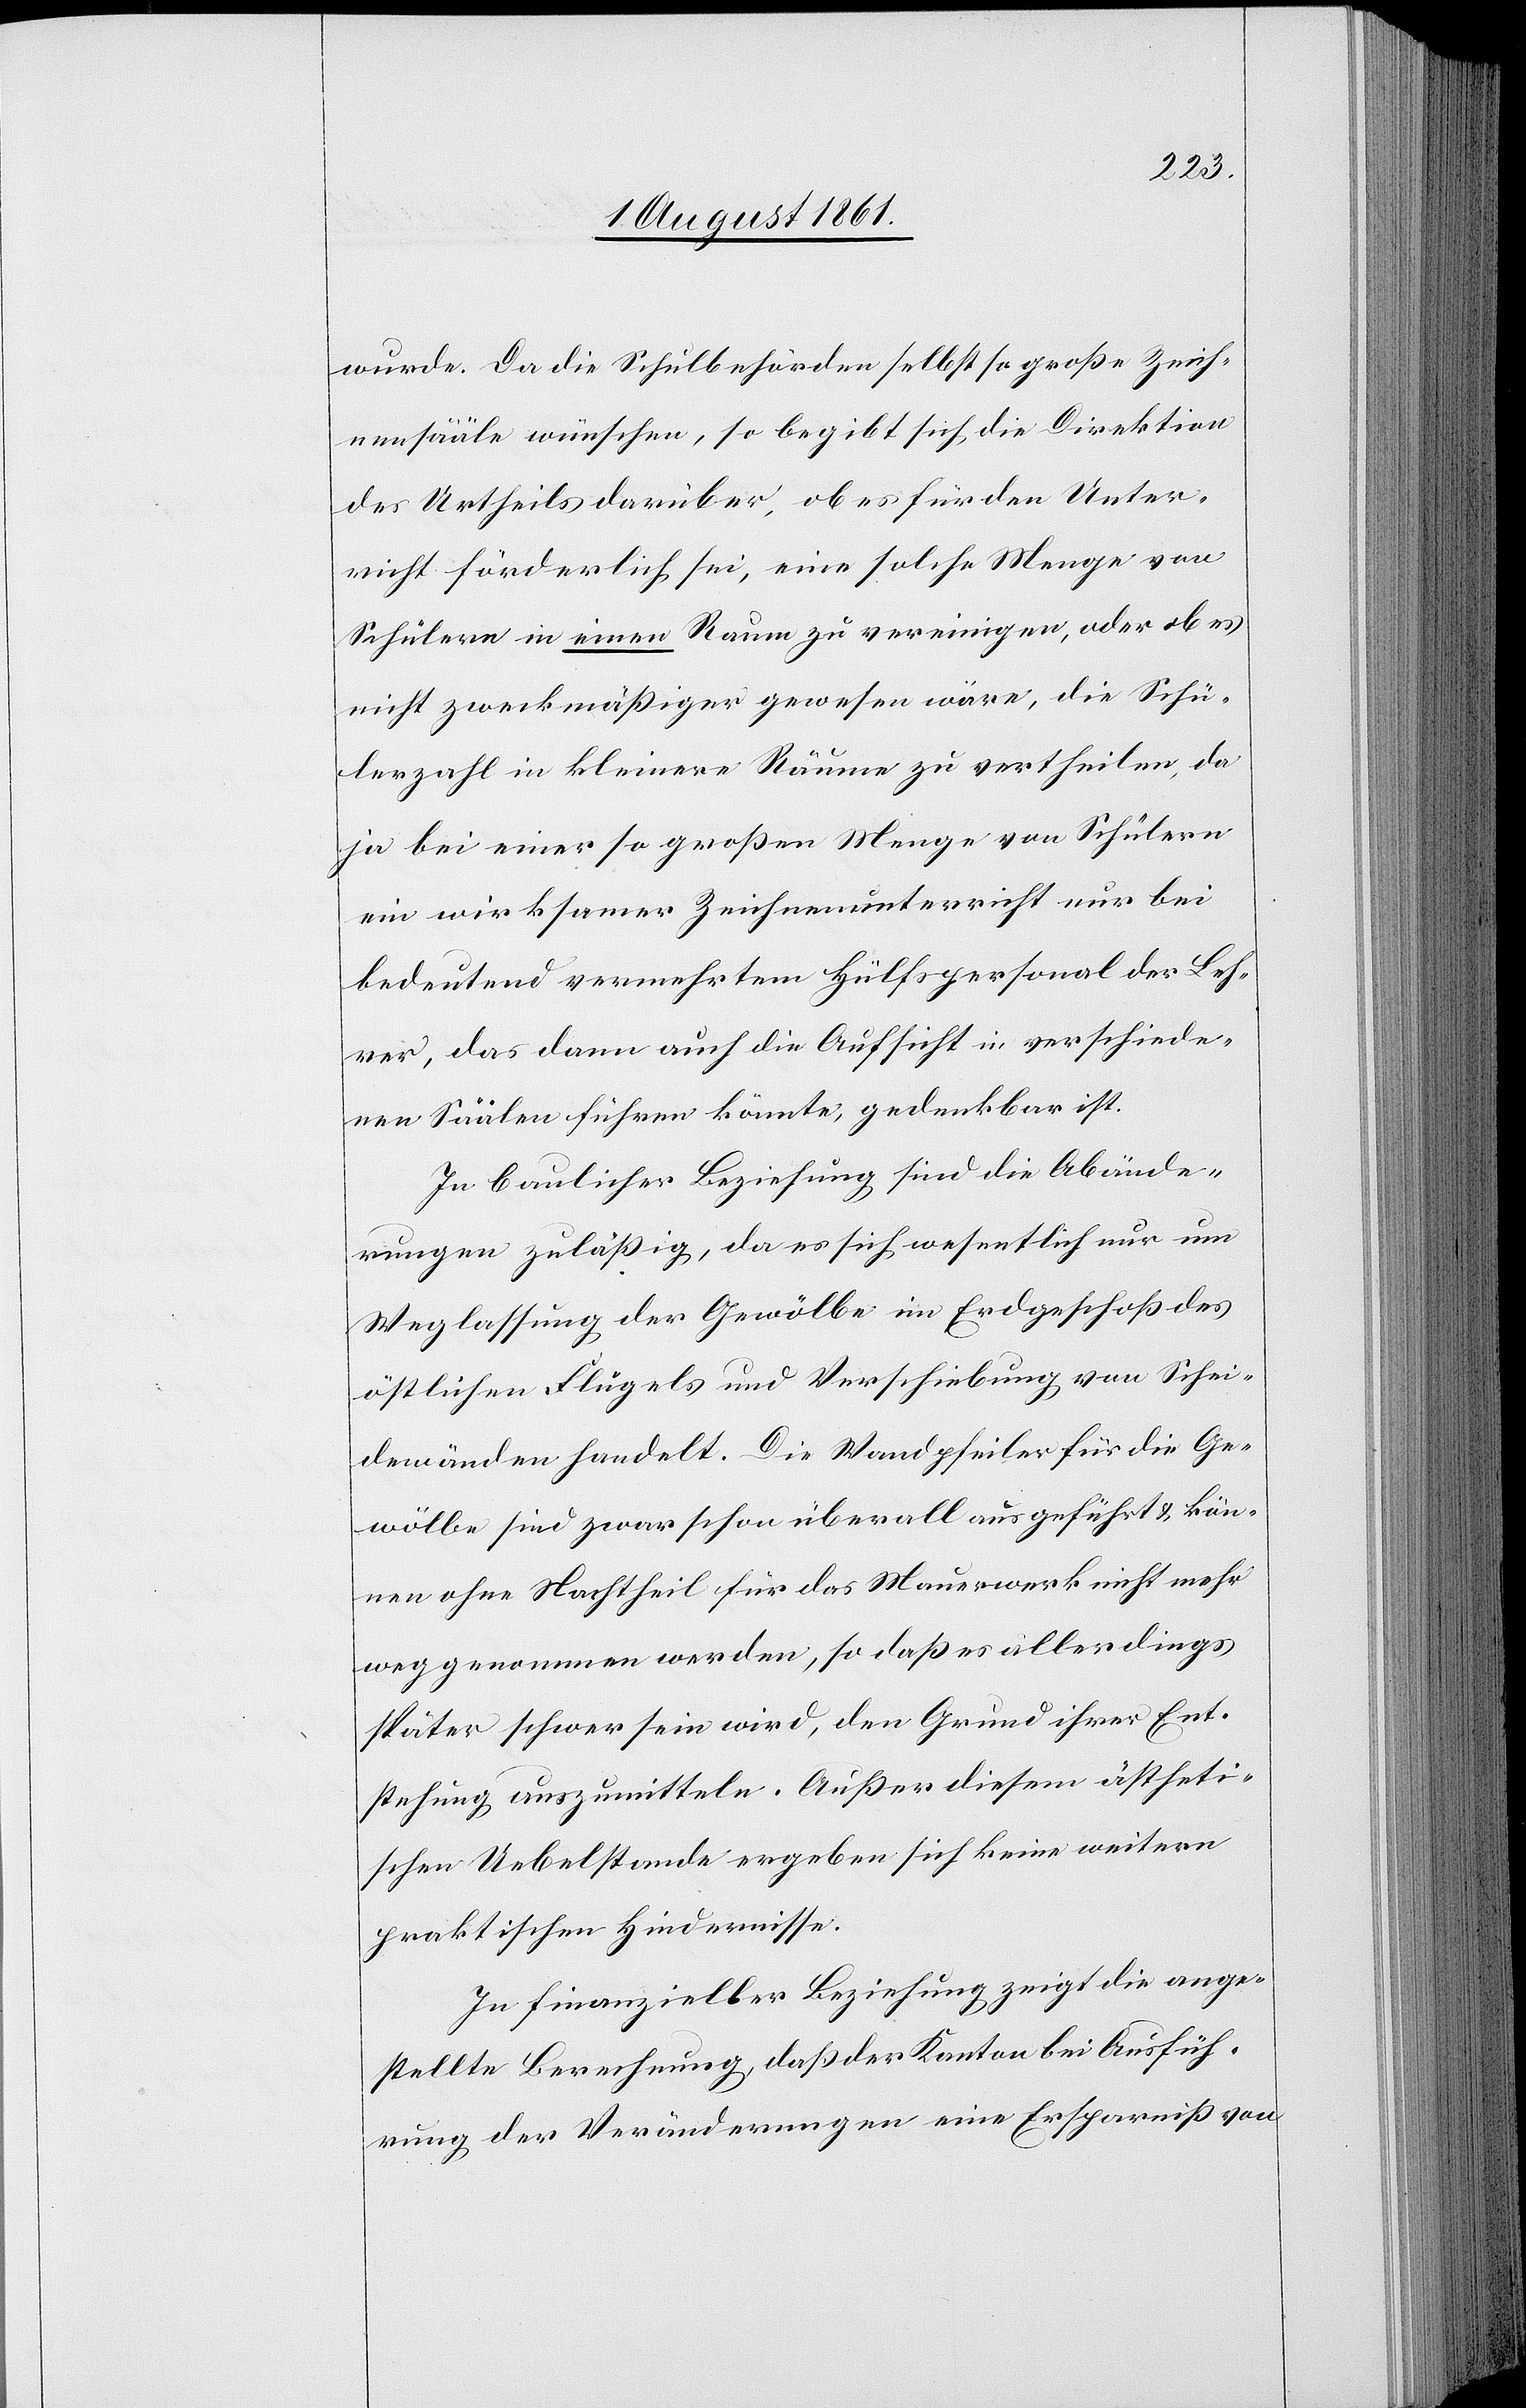
wurde. Da die Spitalbehörden selbst so große Zeich¬
ensääle wünschen, so begibt sich die Direktion
des Urtheils darüber, ob es für den Unter¬
richt förderlich sei, eine solche Menge von
Schülern in einen Raum zu vereinigen, oder ob es
nicht zweckmäßiger gewesen wäre, die Schü¬
lerzahl in kleinere Räume zu vertheilen, da
ja bei einer so großen Menge von Schülern
ein wirksamer Zeichenunterricht nur bei
bedeutend vermehrtem Hülfspersonal der Leh¬
rer, das dann auch die Aufsicht in verschiede¬
nen Säälen führen könnte, gedenkbar ist.
In baulicher Beziehung sind die Abände¬
rungen zuläßig, da es sich wesentlich nur um
Weglassung der Gewölbe im Erdgeschoß des
östlichen Flügels und Verschiebung von Schei¬
dewänden handelt. Die Wandpfeiler für die Ge¬
wölbe sind zwar schon überall ausgeführt u. kön¬
nen ohne Nachtheil für das Manuskript nicht mehr
weggenommen werden, so daß es allerdings
später schwer sein wird, den Grund ihrer Ent¬
stehung auszumitteln. Außer diesem ästheti¬
schen Uebelstande ergeben sich keine weitern
praktischen Hindernisse.
In finanzieller Beziehung zeigt die ange¬
stellte Berechnung, daß der Kanton bei Ausfüh¬
rung der Veränderungen eine Ersparniß von